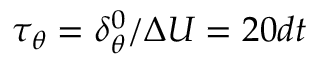
\tau _ { \theta } = \delta _ { \theta } ^ { 0 } / \Delta U = 2 0 d t